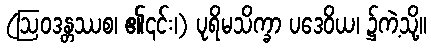
(ဩဝဒန္တဿစ၊ ၏၎င်း၊) ပုရိမသိက္ခာ ပဒေဝိယ၊ ၌ကဲ့သို့။